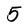
Character: 5